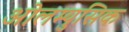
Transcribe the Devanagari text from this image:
ओलम्युसिक